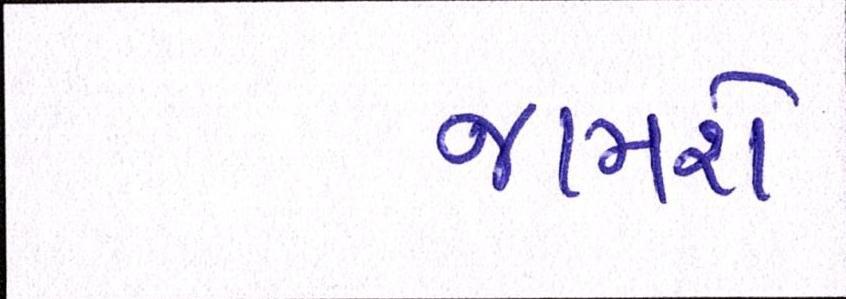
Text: જામશે